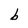
Character: b